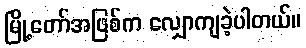
မြို့တော်အဖြစ်က လျှောကျခဲ့ပါတယ်။